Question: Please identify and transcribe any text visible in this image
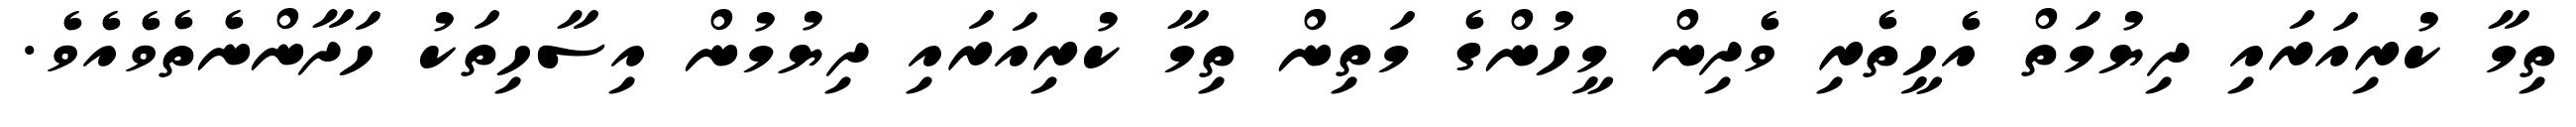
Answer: ތިމާ ކުރިއަރައި ދިޔުމަތް އެހީތެރި ވެދިން މީހުންގެ މަތިން ތިމާ ކުރިއަރައި ދިޔުމުން އިސާހިތަކު ހަދާންނެތެވެއެވެ.